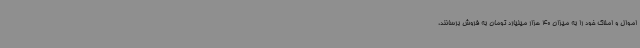
اموال و املاک خود را به میزان 40 هزار میلیارد تومان به فروش برسانند،